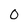
Character: 0